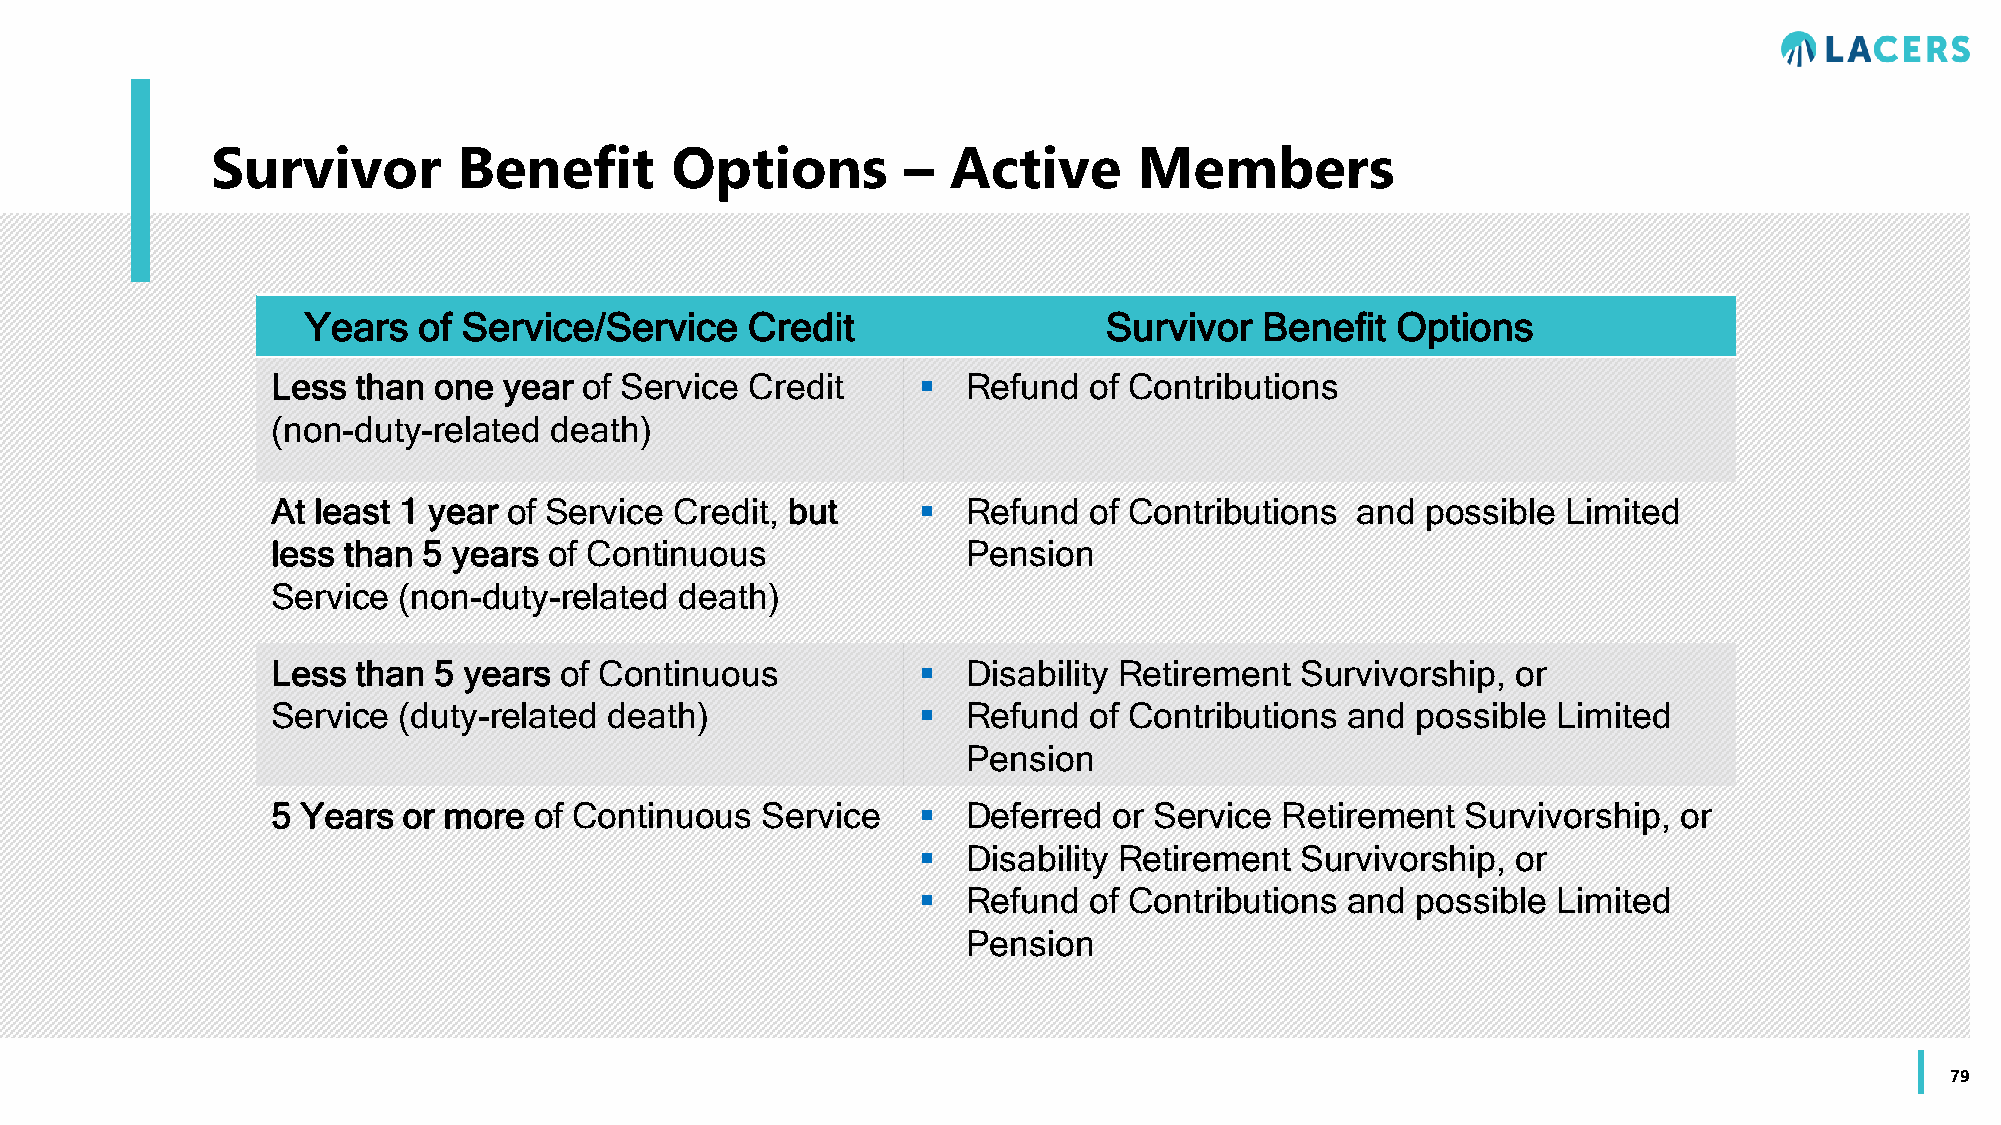
Survivor        Benefit       Options         –  Active      Members
 Years   of Service/Service   Credit                  Survivor   Benefit Options
 Less  than one year of Service  Credit       Refund  of Contributions
 (non-duty-related death)
 At least 1 year of Service Credit, but       Refund  of Contributions  and possible  Limited
 less than 5 years of Continuous               Pension
 Service (non-duty-related  death)
 Less  than 5 years of Continuous             Disability Retirement Survivorship, or
 Service (duty-related death)                 Refund  of Contributions and  possible Limited
 Pension
 5 Years  or more of Continuous  Service      Deferred  or Service Retirement  Survivorship, or
   Disability Retirement Survivorship, or
   Refund  of Contributions and  possible Limited
 Pension
 79